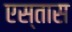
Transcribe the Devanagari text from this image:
एस्तास